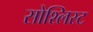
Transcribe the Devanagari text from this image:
सोश्लिस्ट